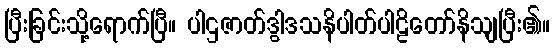
ပြီးခြင်းသို့ရောက်ပြီ။ ပါဌဇာတ်ဒွါဒသနိပါတ်ပါဠိတော်နိသျပြီး၏။